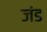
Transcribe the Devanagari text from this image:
जंड